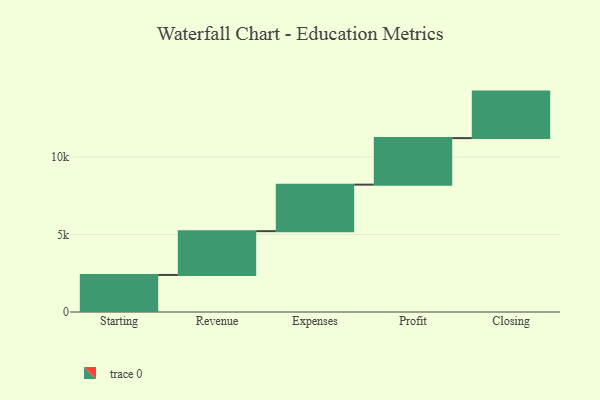
{"axis": {"x": "Step", "y": "Value"}, "legend": [""], "data": [{"x": "Starting", "y": 2389.0, "type": ""}, {"x": "Revenue", "y": 2824.0, "type": ""}, {"x": "Expenses", "y": 3000, "type": ""}, {"x": "Profit", "y": 3000, "type": ""}, {"x": "Closing", "y": 3000, "type": ""}]}